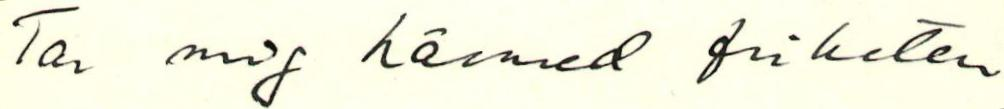
Tar mig härmed friheten